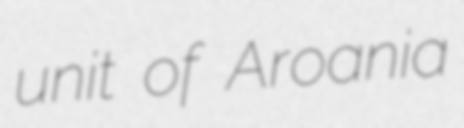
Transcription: unit of Aroania